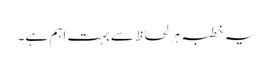
یہ خطبہ ہر لحاظ سے بہت اہم ہے۔